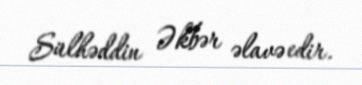
Sülhəddin Əkbər əlavə edir.